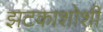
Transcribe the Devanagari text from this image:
झटकाशोशी